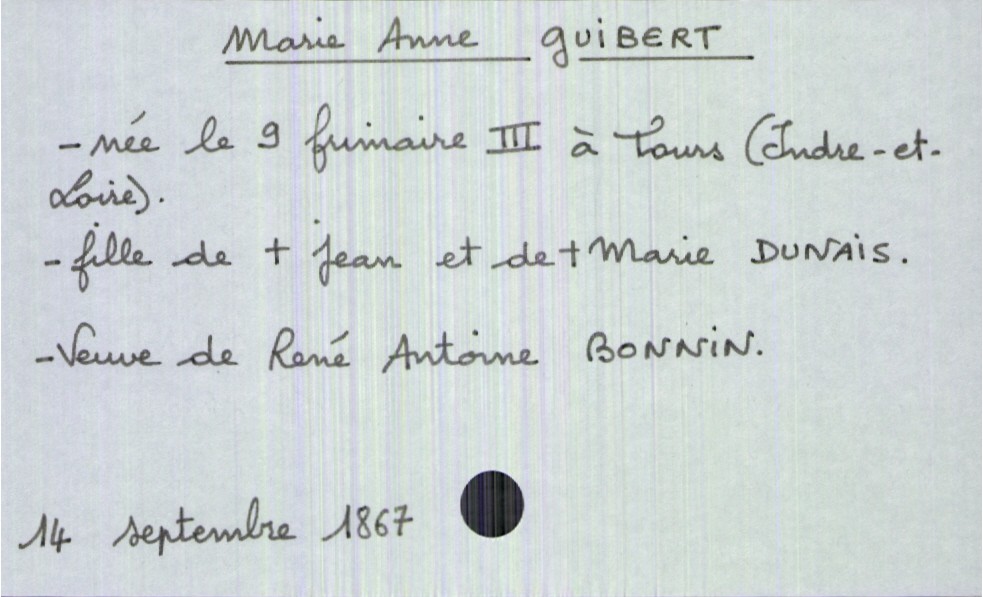
type_acte: Décès
année: 1867
mois: septembre
jour: 14
défunt_nom: Guibert
défunt_prénom: Marie Anne
défunt_sexe: F
défunt_date_de_naissance: 9 frimaire an III
défunt_lieu_de_naissance: Tours (Indre-et-Loire)
défunt_statut: veuf(ve)
père_défunt_nom: Guibert
père_défunt_prénom: Jean
père_défunt_statut: décédé
mère_défunt_nom: Dunais
mère_défunt_prénom: Marie
mère_défunt_statut: décédée